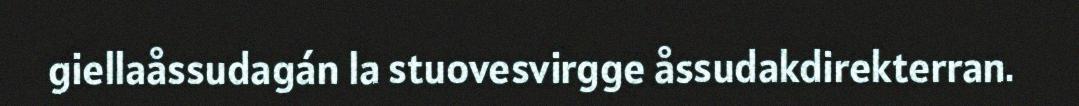
giellaåssudagán la stuovesvirgge åssudakdirekterran.